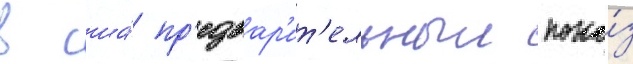
в сша́ пр'едвар'ит'ельныи пока́з